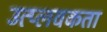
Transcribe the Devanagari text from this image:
उत्प्लवकता